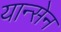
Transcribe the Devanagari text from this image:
यान्सेन